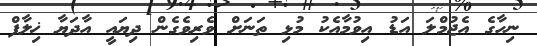
ނިހާގެ އެޖުމްލަ އަޑު އިވުމާއެކު މުޅި ތަނަށް ވެރިވެގެން ދިޔައީ އާދަޔާ ޚިލާފް